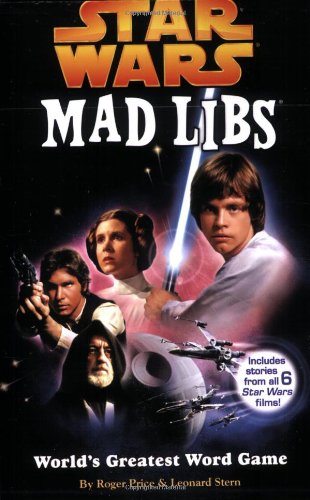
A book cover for Star Wars Mad Libs; Roger Price; Children's Books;